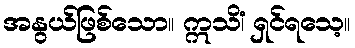
အနွယ်ဖြစ်သော။ ဣသိံ၊ ရှင်ရသေ့။